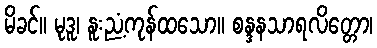
မိခင်။ မုဒူ၊ နူးညံ့ကုန်ထသော။ စန္ဒနသာရလိတ္တော၊